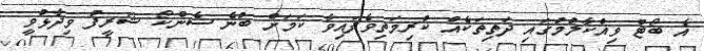
އެ ބޯޓް ވިއްކާލުމުގައި ދަތިތަކެއް ކުރިމަތިވެފައިވާ ކަމަށް ބުނެ ސެންކޯ ޝަރީފު ވިދާޅުވީ